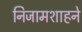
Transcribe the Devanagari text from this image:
निजामशाहने